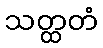
သတ္ထတံ